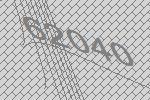
62040